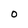
Character: 0